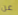
عن